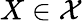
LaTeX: X\in\mathcal{X}